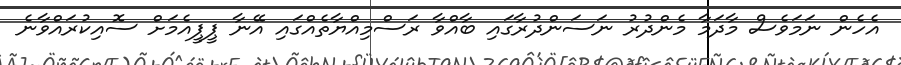
އެހެން ނަމަވެސް މާދަމާ މެންދުރު ނަސަންދުރާގައި ބާއްވާ ރަސްމިއްޔާތެއްގައި އޭނާ ޕީޕީއެމަށް ސޮއިކުރައްވާނެ